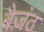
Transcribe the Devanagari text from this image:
बैज़ंठ